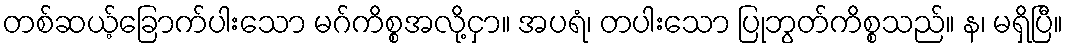
တစ်ဆယ့်ခြောက်ပါးသော မဂ်ကိစ္စအလို့ငှာ။ အပရံ၊ တပါးသော ပြုဘွတ်ကိစ္စသည်။ န၊ မရှိပြီ။